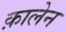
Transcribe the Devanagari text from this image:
क़ालेन